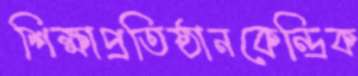
শিক্ষাপ্রতিষ্ঠানকেন্দ্রিক